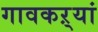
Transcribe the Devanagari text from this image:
गावकऱ्यां